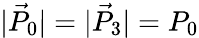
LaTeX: \vert\vec{P}_{0}\vert=\vert\vec{P}_{3}\vert=P_{0}